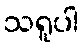
သရူပါ